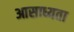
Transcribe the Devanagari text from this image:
आसाध्यता